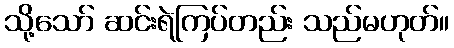
သို့သော် ဆင်းရဲကြပ်တည်း သည်မဟုတ်။